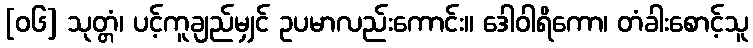
[၀၆] သုတ္တံ၊ ပင့်ကူချည်မျှင် ဥပမာလည်းကောင်း။ ဒေါဝါရိကော၊ တံခါးစောင့်သူ